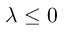
\lambda \leq 0